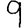
Digit: 9